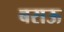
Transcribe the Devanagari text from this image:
बराऊ